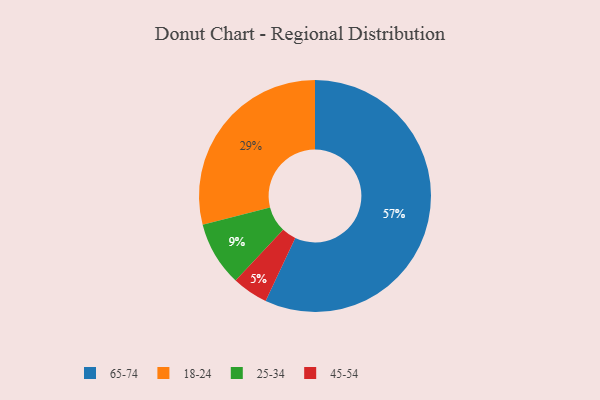
{"axis": {"x": "Category", "y": "Percentage"}, "legend": ["18-24", "25-34", "45-54", "65-74"], "data": [{"x": "25-34", "y": 9, "type": "25-34"}, {"x": "65-74", "y": 57, "type": "65-74"}, {"x": "45-54", "y": 5, "type": "45-54"}, {"x": "18-24", "y": 29, "type": "18-24"}]}